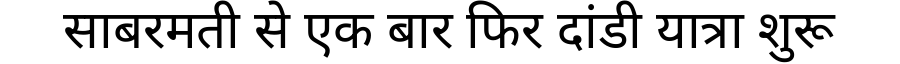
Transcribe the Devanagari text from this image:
साबरमती से एक बार फिर दांडी यात्रा शुरू